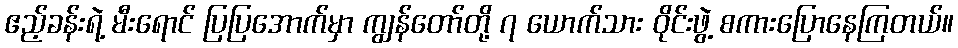
ဧည့်ခန်းရဲ့ မီးရောင် ပြပြအောက်မှာ ကျွန်တော်တို့ ၇ ယောက်သား ဝိုင်းဖွဲ့ စကားပြောနေကြတယ်။